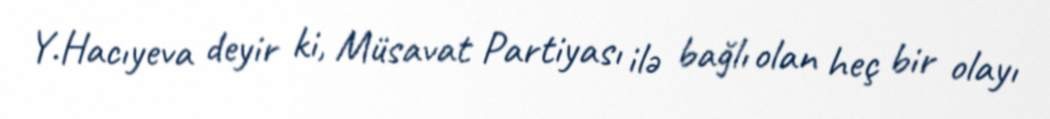
Y.Hacıyeva deyir ki, Müsavat Partiyası ilə bağlı olan heç bir olayı